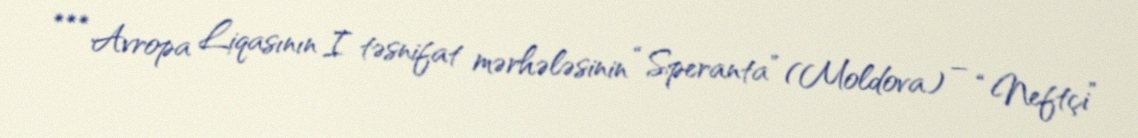
*** Avropa Liqasının I təsnifat mərhələsinin “Speranta” (Moldova) – “Neftçi”